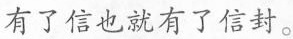
有了信也就有了信封。